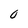
Character: O